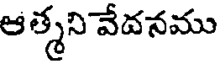
ఆత్మని వేవనము